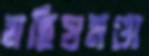
মহিষমণ্ডা